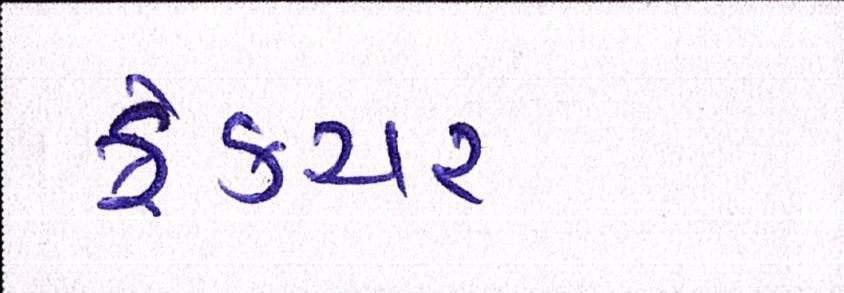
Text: ફ્રેક્ચર